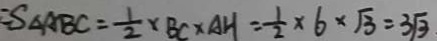
S _ { \Delta } A B C = \frac { 1 } { 2 } \times B C \times A H = \frac { 1 } { 2 } \times 6 \times \sqrt { 3 } = 3 \sqrt { 3 } .